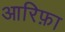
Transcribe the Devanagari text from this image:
आरिफ़ा